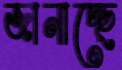
জানাচ্ছে